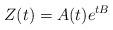
LaTeX: \begin{align*}Z(t) = A(t)e^{tB}\end{align*}